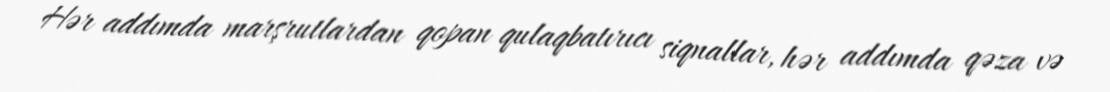
Hər addımda marşrutlardan qopan qulaqbatırıcı siqnallar, hər addımda qəza və